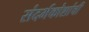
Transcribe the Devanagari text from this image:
संदर्भकोशांची